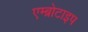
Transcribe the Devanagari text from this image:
एम्ब्रोटाइप